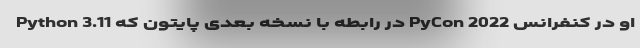
او در کنفرانس PyCon 2022 در رابطه با نسخه بعدی پایتون که Python 3.11